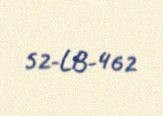
52-LB-462